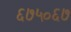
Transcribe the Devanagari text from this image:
६७५०६७